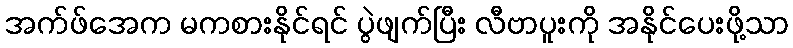
အက်ဖ်အေက မကစားနိုင်ရင် ပွဲဖျက်ပြီး လီဗာပူးကို အနိုင်ပေးဖို့သာ